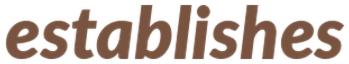
establishes